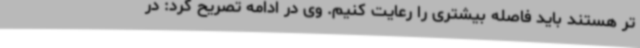
تر هستند باید فاصله بیشتری را رعایت کنیم. وی در ادامه تصریح کرد: در